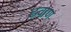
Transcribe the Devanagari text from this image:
ढवाण